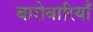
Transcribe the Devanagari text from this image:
बारोवारियाँ